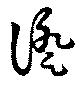
證